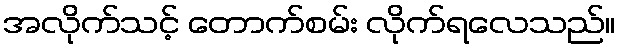
အလိုက်သင့် တောက်စမ်း လိုက်ရလေသည်။